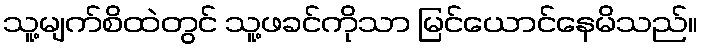
သူ့မျက်စိထဲတွင် သူ့ဖခင်ကိုသာ မြင်ယောင်နေမိသည်။